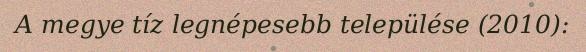
A megye tíz legnépesebb települése (2010):